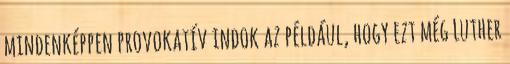
mindenképpen provokatív indok az például, hogy ezt még Luther